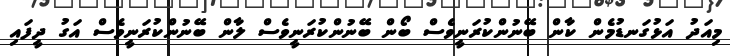
މިއަދު އަޅުގަނޑުމެން ކާން ބޭނުންކުރަނީވެސް ބޯން ބޭނުންކުރަނީވެސް ލާން ބޭނުންކުރަނީވެސް އަގު ދީފައި